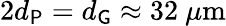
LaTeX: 2d_{\mathsf{P}}=d_{\mathsf{G}}\approx 32~\mu\textrm{m}